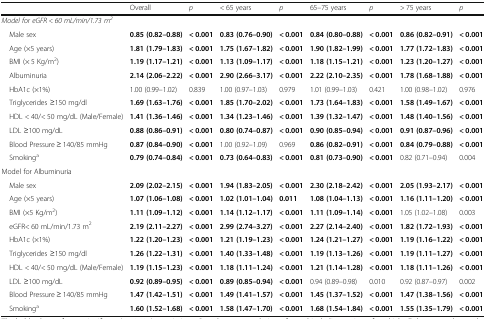
<table><thead><tr><td></td><td><b>Overall</b></td><td><b><i>p</i></b></td><td><b>&lt; 65 years</b></td><td><b><i>p</i></b></td><td><b>65–75 years</b></td><td><b><i>p</i></b></td><td><b>&gt; 75 years</b></td><td><b><i>p</i></b></td></tr></thead><tbody><tr><td colspan="9"><i>Model for eGFR &lt; 60 mL/min/1.73 m</i><sup><i>2</i></sup></td></tr><tr><td> Male sex</td><td><b>0.85 (0.82–0.88)</b></td><td><b>&lt; 0.001</b></td><td><b>0.83 (0.76–0.90)</b></td><td><b>&lt; 0.001</b></td><td><b>0.84 (0.80–0.88)</b></td><td><b>&lt; 0.001</b></td><td><b>0.86 (0.82–0.91)</b></td><td><b>&lt; 0.001</b></td></tr><tr><td> Age (×5 years)</td><td><b>1.81 (1.79–1.83)</b></td><td><b>&lt; 0.001</b></td><td><b>1.75 (1.67–1.82)</b></td><td><b>&lt; 0.001</b></td><td><b>1.90 (1.82–1.99)</b></td><td><b>&lt; 0.001</b></td><td><b>1.77 (1.72–1.83)</b></td><td><b>&lt; 0.001</b></td></tr><tr><td> BMI (× 5 Kg/m<sup>2</sup>)</td><td><b>1.19 (1.17–1.21)</b></td><td><b>&lt; 0.001</b></td><td><b>1.13 (1.09–1.17)</b></td><td><b>&lt; 0.001</b></td><td><b>1.18 (1.15–1.21)</b></td><td><b>&lt; 0.001</b></td><td><b>1.23 (1.20–1.27)</b></td><td><b>&lt; 0.001</b></td></tr><tr><td> Albuminuria</td><td><b>2.14 (2.06–2.22)</b></td><td><b>&lt; 0.001</b></td><td><b>2.90 (2.66–3.17)</b></td><td><b>&lt; 0.001</b></td><td><b>2.22 (2.10–2.35)</b></td><td><b>&lt; 0.001</b></td><td><b>1.78 (1.68–1.88)</b></td><td><b>&lt; 0.001</b></td></tr><tr><td> HbA1c (×1%)</td><td>1.00 (0.99–1.02)</td><td>0.839</td><td>1.00 (0.97–1.03)</td><td>0.979</td><td>1.01 (0.99–1.03)</td><td>0.421</td><td>1.00 (0.98–1.02)</td><td>0.976</td></tr><tr><td> Triglycerides ≥150 mg/dl</td><td><b>1.69 (1.63–1.76)</b></td><td><b>&lt; 0.001</b></td><td><b>1.85 (1.70–2.02)</b></td><td><b>&lt; 0.001</b></td><td><b>1.73 (1.64–1.83)</b></td><td><b>&lt; 0.001</b></td><td><b>1.58 (1.49–1.67)</b></td><td><b>&lt; 0.001</b></td></tr><tr><td> HDL &lt; 40/&lt; 50 mg/dL (Male/Female)</td><td><b>1.41 (1.36–1.46)</b></td><td><b>&lt; 0.001</b></td><td><b>1.34 (1.23–1.46)</b></td><td><b>&lt; 0.001</b></td><td><b>1.39 (1.32–1.47)</b></td><td><b>&lt; 0.001</b></td><td><b>1.48 (1.40–1.56)</b></td><td><b>&lt; 0.001</b></td></tr><tr><td> LDL ≥100 mg/dL</td><td><b>0.88 (0.86–0.91)</b></td><td><b>&lt; 0.001</b></td><td><b>0.80 (0.74–0.87)</b></td><td><b>&lt; 0.001</b></td><td><b>0.90 (0.85–0.94)</b></td><td><b>&lt; 0.001</b></td><td><b>0.91 (0.87–0.96)</b></td><td><b>&lt; 0.001</b></td></tr><tr><td> Blood Pressure ≥ 140/85 mmHg</td><td><b>0.87 (0.84–0.90)</b></td><td><b>&lt; 0.001</b></td><td>1.00 (0.92–1.09)</td><td>0.969</td><td><b>0.86 (0.82–0.91)</b></td><td><b>&lt; 0.001</b></td><td><b>0.84 (0.79–0.88)</b></td><td><b>&lt; 0.001</b></td></tr><tr><td> Smoking<sup>a</sup></td><td><b>0.79 (0.74–0.84)</b></td><td><b>&lt; 0.001</b></td><td><b>0.73 (0.64–0.83)</b></td><td><b>&lt; 0.001</b></td><td><b>0.81 (0.73–0.90)</b></td><td><b>&lt; 0.001</b></td><td>0.82 (0.71–0.94)</td><td>0.004</td></tr><tr><td colspan="9">Model for Albuminuria</td></tr><tr><td> Male sex</td><td><b>2.09 (2.02–2.15)</b></td><td><b>&lt; 0.001</b></td><td><b>1.94 (1.83–2.05)</b></td><td><b>&lt; 0.001</b></td><td><b>2.30 (2.18–2.42)</b></td><td><b>&lt; 0.001</b></td><td><b>2.05 (1.93–2.17)</b></td><td><b>&lt; 0.001</b></td></tr><tr><td> Age (×5 years)</td><td><b>1.07 (1.06–1.08)</b></td><td><b>&lt; 0.001</b></td><td><b>1.02 (1.01–1.04)</b></td><td><b>0.011</b></td><td><b>1.08 (1.04–1.13)</b></td><td><b>&lt; 0.001</b></td><td><b>1.16 (1.11–1.20)</b></td><td><b>&lt; 0.001</b></td></tr><tr><td> BMI (×5 Kg/m<sup>2</sup>)</td><td><b>1.11 (1.09–1.12)</b></td><td><b>&lt; 0.001</b></td><td><b>1.14 (1.12–1.17)</b></td><td><b>&lt; 0.001</b></td><td><b>1.11 (1.09–1.14)</b></td><td><b>&lt; 0.001</b></td><td>1.05 (1.02–1.08)</td><td>0.003</td></tr><tr><td> eGFR&lt; 60 mL/min/1.73 m<sup>2</sup></td><td><b>2.19 (2.11–2.27)</b></td><td><b>&lt; 0.001</b></td><td><b>2.99 (2.74–3.27)</b></td><td><b>&lt; 0.001</b></td><td><b>2.27 (2.14–2.40)</b></td><td><b>&lt; 0.001</b></td><td><b>1.82 (1.72–1.93)</b></td><td><b>&lt; 0.001</b></td></tr><tr><td> HbA1c (×1%)</td><td><b>1.22 (1.20–1.23)</b></td><td><b>&lt; 0.001</b></td><td><b>1.21 (1.19–1.23)</b></td><td><b>&lt; 0.001</b></td><td><b>1.24 (1.21–1.27)</b></td><td><b>&lt; 0.001</b></td><td><b>1.19 (1.16–1.22)</b></td><td><b>&lt; 0.001</b></td></tr><tr><td> Triglycerides ≥150 mg/dl</td><td><b>1.26 (1.22–1.31)</b></td><td><b>&lt; 0.001</b></td><td><b>1.40 (1.33–1.48)</b></td><td><b>&lt; 0.001</b></td><td><b>1.19 (1.13–1.26)</b></td><td><b>&lt; 0.001</b></td><td><b>1.19 (1.11–1.27)</b></td><td><b>&lt; 0.001</b></td></tr><tr><td> HDL &lt; 40/&lt; 50 mg/dL (Male/Female)</td><td><b>1.19 (1.15–1.23)</b></td><td><b>&lt; 0.001</b></td><td><b>1.18 (1.11–1.24)</b></td><td><b>&lt; 0.001</b></td><td><b>1.21 (1.14–1.28)</b></td><td><b>&lt; 0.001</b></td><td><b>1.18 (1.11–1.26)</b></td><td><b>&lt; 0.001</b></td></tr><tr><td> LDL ≥100 mg/dL</td><td><b>0.92 (0.89–0.95)</b></td><td><b>&lt; 0.001</b></td><td><b>0.89 (0.85–0.94)</b></td><td><b>&lt; 0.001</b></td><td>0.94 (0.89–0.98)</td><td>0.010</td><td>0.92 (0.87–0.97)</td><td>0.002</td></tr><tr><td> Blood Pressure ≥ 140/85 mmHg</td><td><b>1.47 (1.42–1.51)</b></td><td><b>&lt; 0.001</b></td><td><b>1.49 (1.41–1.57)</b></td><td><b>&lt; 0.001</b></td><td><b>1.45 (1.37–1.52)</b></td><td><b>&lt; 0.001</b></td><td><b>1.47 (1.38–1.56)</b></td><td><b>&lt; 0.001</b></td></tr><tr><td> Smoking<sup>a</sup></td><td><b>1.60 (1.52–1.68)</b></td><td><b>&lt; 0.001</b></td><td><b>1.58 (1.47–1.70)</b></td><td><b>&lt; 0.001</b></td><td><b>1.68 (1.54–1.84)</b></td><td><b>&lt; 0.001</b></td><td><b>1.55 (1.35–1.79)</b></td><td><b>&lt; 0.001</b></td></tr></tbody></table>